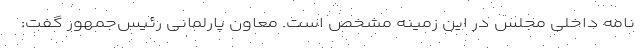
نامه داخلی مجلس در این زمینه مشخص است. معاون پارلمانی رئیس‌جمهور گفت: